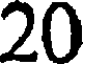
20